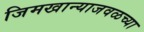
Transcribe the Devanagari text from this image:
जिमखान्याजवळच्या